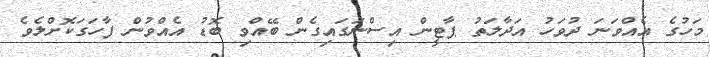
މަހުގެ އެއްވަނަ ދުވަހު އަދާލަތު ޕާޓީން އިސްނަގައިގެން ބޭއްވި ބޮޑު އެއްވުން ފާހަގަކޮށްލެވެ